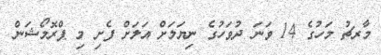
މާރޗު މަހުގެ 14 ވަނަ ދުވަހުގެ ނިޔަލަށް އަލަށް ފެށި މި ޕްރޮމޯޝަން